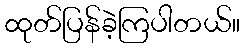
ထုတ်ပြန်ခဲ့ကြပါတယ်။